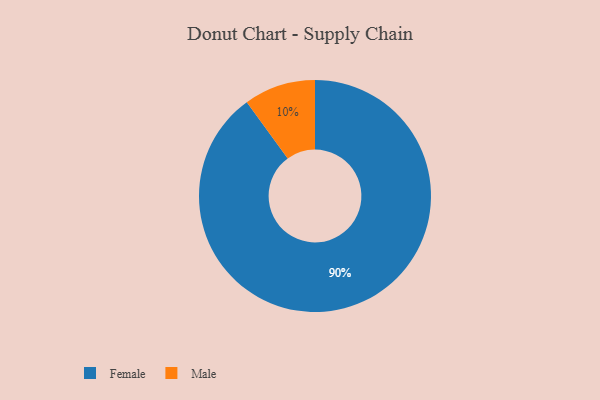
{"axis": {"x": "Category", "y": "Percentage"}, "legend": ["Female", "Male"], "data": [{"x": "Female", "y": 90, "type": "Female"}, {"x": "Male", "y": 10, "type": "Male"}]}